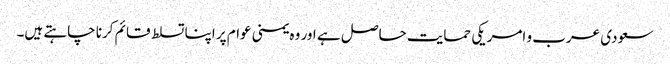
سعودی عرب و امریکی حمایت حاصل ہے اور وہ یمنی عوام پر اپنا تسلط قائم کرنا چاہتے ہیں۔